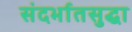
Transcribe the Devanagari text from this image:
संदर्भातसुद्धा